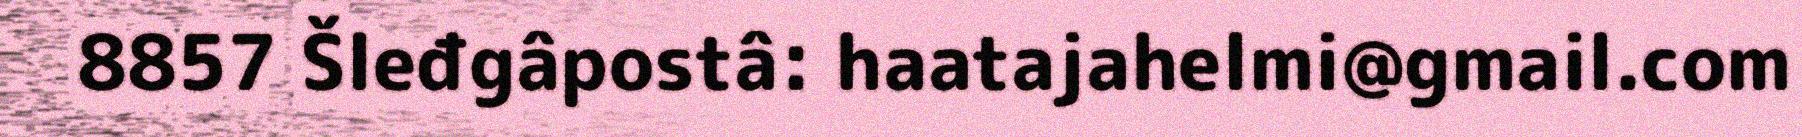
8857 Šleđgâpostâ: haatajahelmi@gmail.com